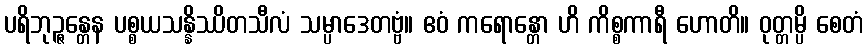
ပရိဘုဉ္ဇန္တေန ပစ္စယသန္နိဿိတသီလံ သမ္ပာဒေတဗ္ဗံ။ ဧဝံ ကရောန္တော ဟိ ကိစ္စကာရီ ဟောတိ။ ဝုတ္တမ္ပိ စေတံ